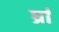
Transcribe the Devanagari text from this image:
र्घ्रां